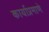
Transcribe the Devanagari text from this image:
कार्याप्रमाणे